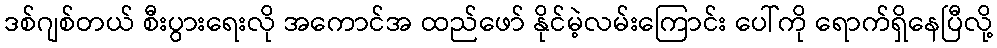
ဒစ်ဂျစ်တယ် စီးပွားရေးလို အကောင်အ ထည်ဖော် နိုင်မဲ့လမ်းကြောင်း ပေါ်ကို ရောက်ရှိနေပြီလို့